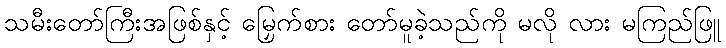
သမီးတော်ကြီးအဖြစ်နှင့် မြှေက်စား တော်မူခဲ့သည်ကို မလို လား မကြည်ဖြူ